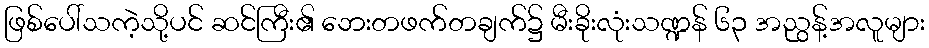
ဖြစ်ပေါ်သကဲ့သို့ပင် ဆင်ကြီး၏ ဘေးတဖက်တချက်၌ မီးခိုးလုံးသဏ္ဍန် ၆၃ အညွန့်အလူများ